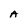
Character: A